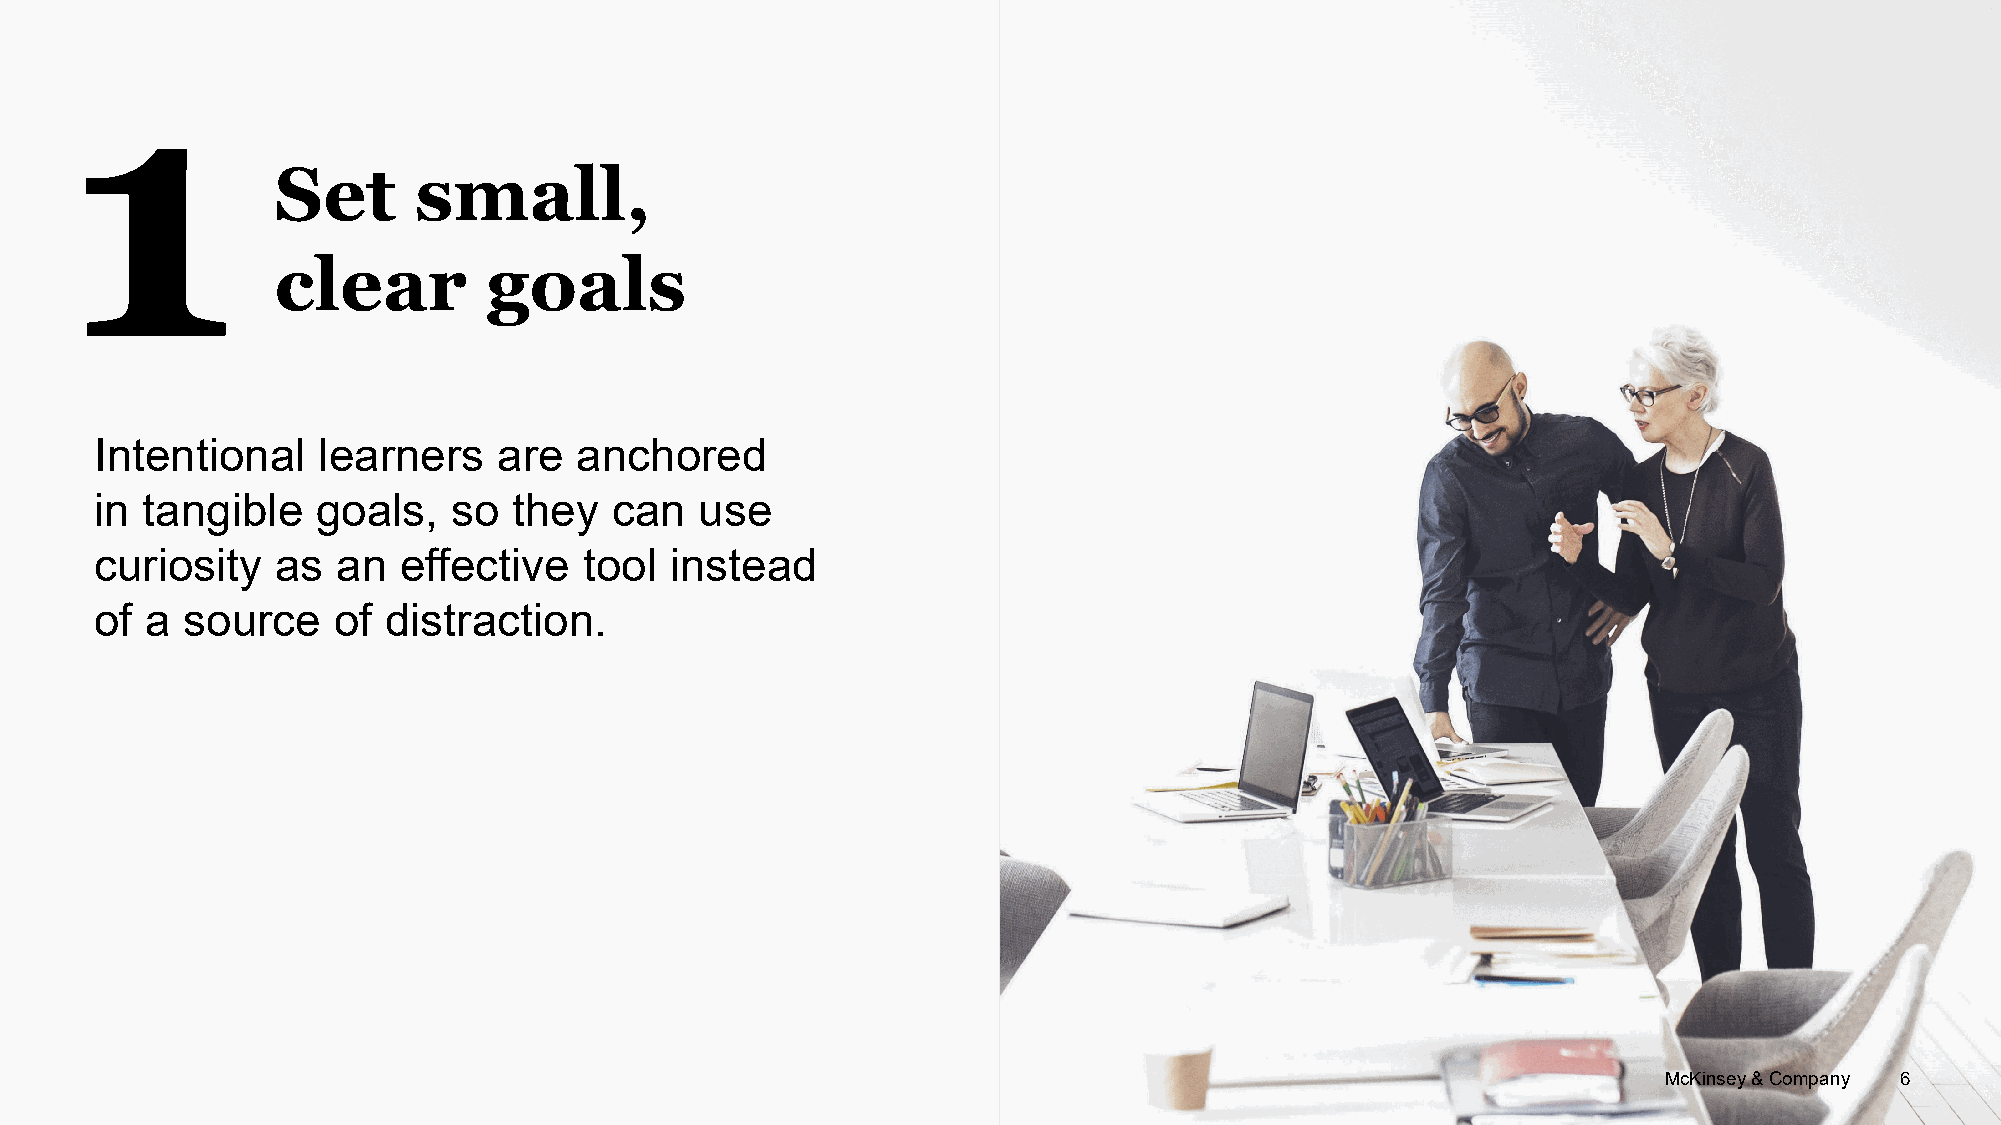
1
 Set      small,
 clear         goals
 Intentional    learners    are  anchored
 in tangible    goals,   so  they  can   use
 curiosity   as  an  effective    tool instead
 of  a source    of distraction.
 MMccKKiinnsseeyy && CCoommppaannyy 66